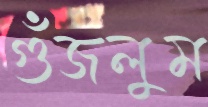
গুঁজলুম